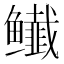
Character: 𬶸